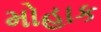
મોહાક